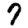
Digit: 7